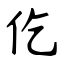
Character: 仡